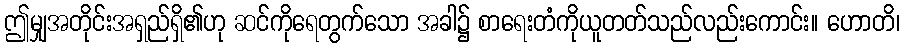
ဤမျှအတိုင်းအရှည်ရှိ၏ဟု ဆင်ကိုရေတွက်သော အခါ၌ စာရေးတံကိုယူတတ်သည်လည်းကောင်း။ ဟောတိ၊